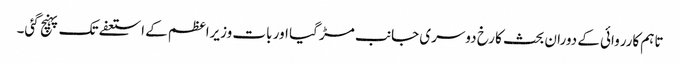
تاہم کارروائی کے دوران بحث کا رخ دوسری جانب مڑ گیا اور بات وزیراعظم کے استعفے تک پہنچ گئی۔